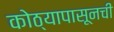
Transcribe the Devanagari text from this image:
कोठ्यापासूनची